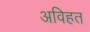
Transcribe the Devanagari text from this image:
अविहत